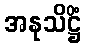
အနုသိဋ္ဌိံ